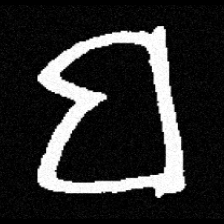
Pyu character \u2014 Myanmar letter: ဗ (romanized: ba)